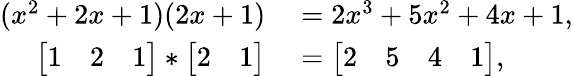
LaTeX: \begin{array}{rl}{(x^{2}+2x+1)(2x+1)}&{{}=2x^{3}+5x^{2}+4x+1,}\\ {\bigl[\begin{array}{ccc}{1}&{2}&{1}\end{array}\bigr]*\bigl[\begin{array}{cc}{2}&{1}\end{array}\bigr]}&{{}=\bigl[\begin{array}{cccc}{2}&{5}&{4}&{1}\end{array}\bigr],}\end{array}